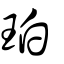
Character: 珀